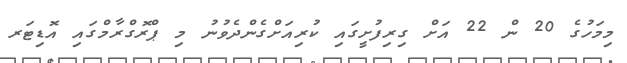
މިމަހުގެ 20 ން 22 އަށް ގިރިފުށީގައި ކުރިއަށްގެންދެވުނު މި ޕްރޮގްރާމްގައި އޮޑިޓަރ